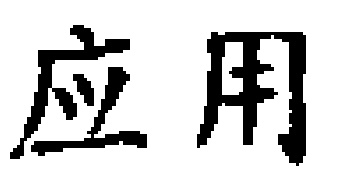
应用